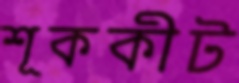
শূককীট